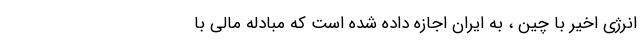
انرژی اخیر با چین ، به ایران اجازه داده شده است كه مبادله مالی با